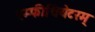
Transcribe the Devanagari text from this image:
एम्फीथियेटरम्